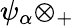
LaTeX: \psi_{\alpha}\otimes_{+}